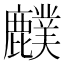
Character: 𪋡